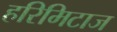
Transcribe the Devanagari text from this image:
हरिमिटाज